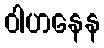
ဝါဟနေန